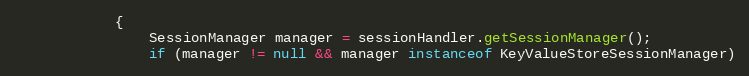
Language: Java
            {
                SessionManager manager = sessionHandler.getSessionManager();
                if (manager != null && manager instanceof KeyValueStoreSessionManager)